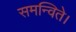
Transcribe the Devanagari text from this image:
समन्विते।